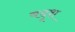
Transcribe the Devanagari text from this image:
बदूश